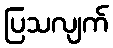
ပြသလျက်